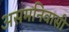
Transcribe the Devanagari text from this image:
असमनिवासी